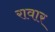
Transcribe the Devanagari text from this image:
रावार